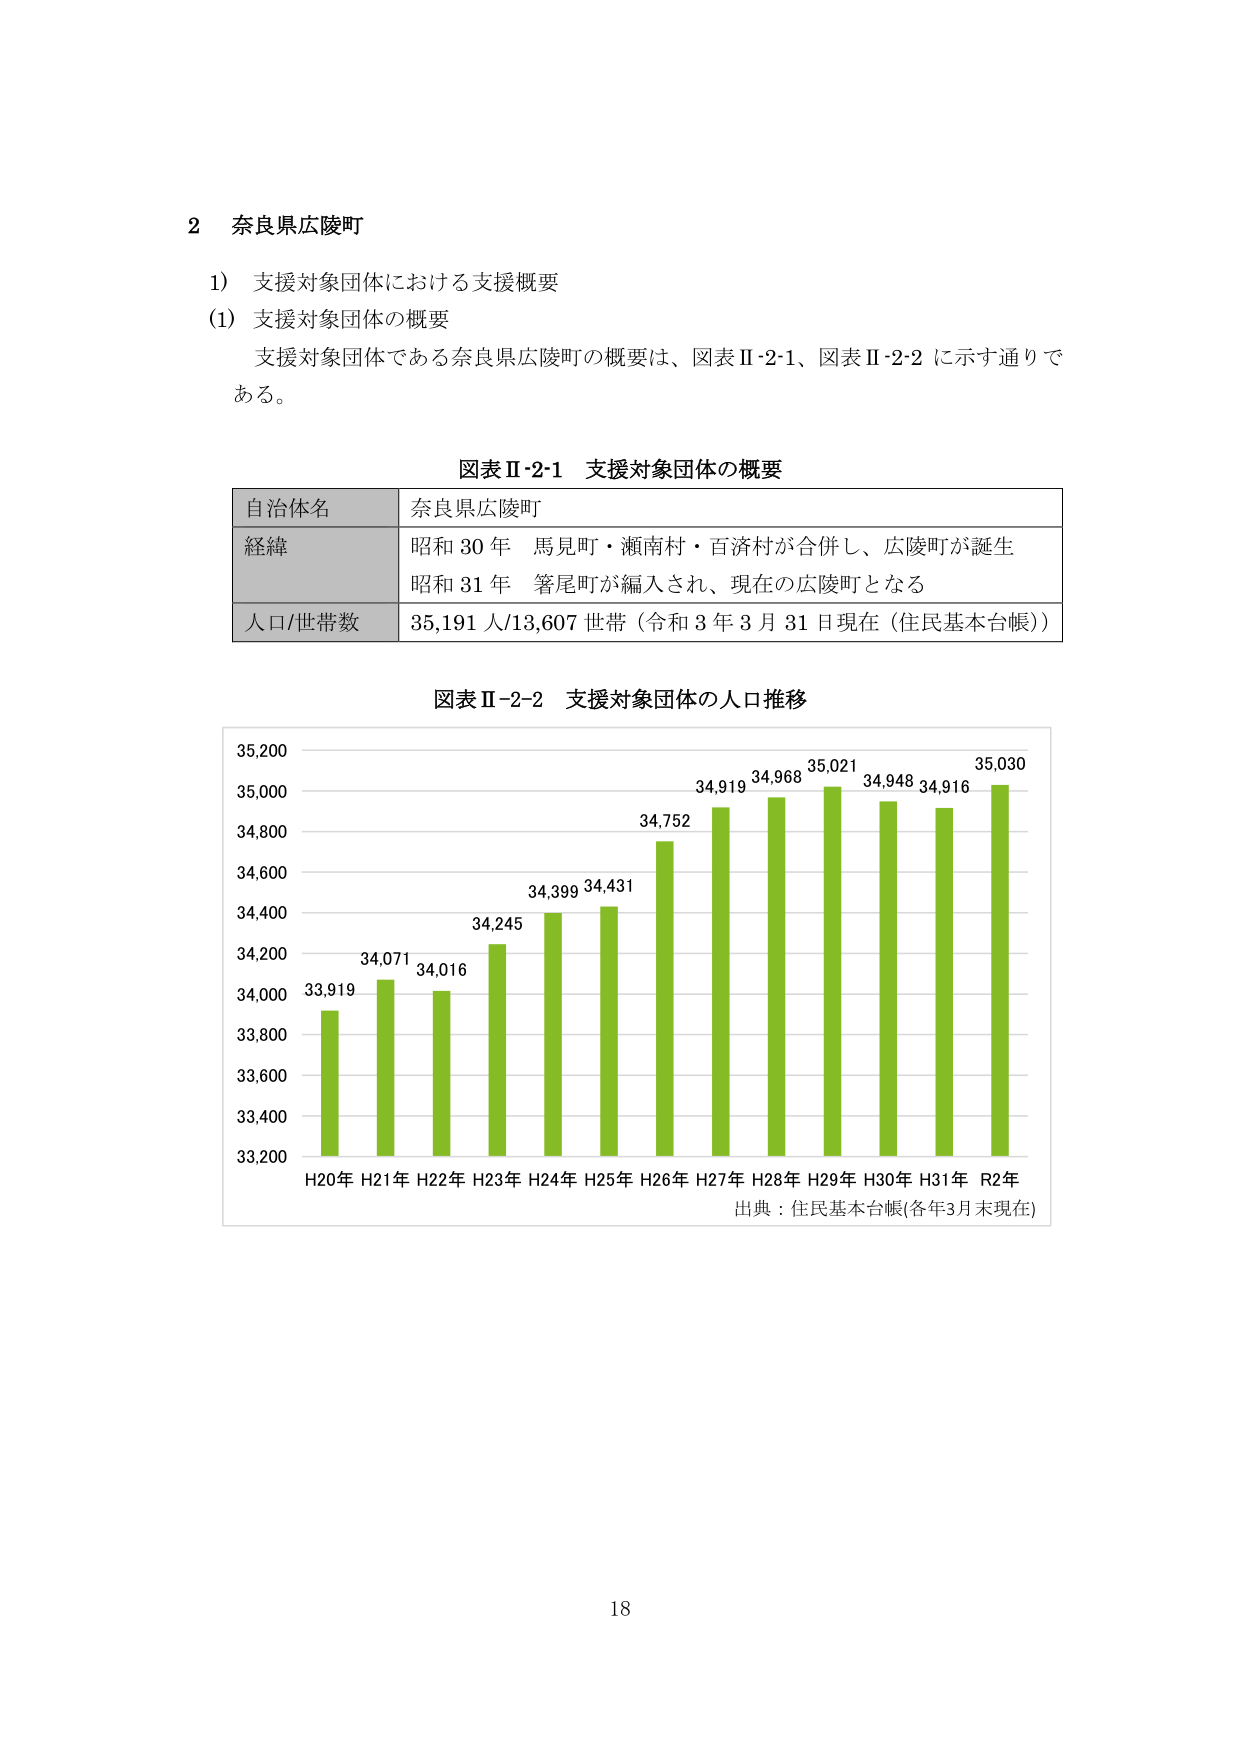
2 奈良県広陵町

1) 支援対象団体における支援概要
(1) 支援対象団体の概要
支援対象団体である奈良県広陵町の概要は、図表Ⅱ-2-1、図表Ⅱ-2-2 に示す通りである。

図表Ⅱ-2-1 支援対象団体の概要
自治体名 奈良県広陵町
経緯 昭和30年 馬見町・瀬南村・百済村が合併し、広陵町が誕生
昭和31年 箸尾町が編入され、現在の広陵町となる
人口/世帯数 35,191人/13,607世帯（令和3年3月31日現在（住民基本台帳））

図表Ⅱ-2-2 支援対象団体の人口推移
35,200
35,000
34,968 35,021 34,948 34,916 35,030
34,800
34,752
34,600
34,431
34,399
34,245
34,071
34,016
33,919
34,000
33,800
33,600
33,400
33,200
H20年 H21年 H22年 H23年 H24年 H25年 H26年 H27年 H28年 H29年 H30年 H31年 R2年
出典：住民基本台帳(各年3月末現在)

18